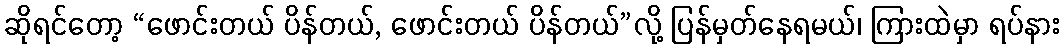
ဆိုရင်တော့ “ဖောင်းတယ် ပိန်တယ်, ဖောင်းတယ် ပိန်တယ်”လို့ ပြန်မှတ်နေရမယ်၊ ကြားထဲမှာ ရပ်နား